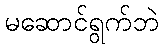
မဆောင်ရွက်ဘဲ